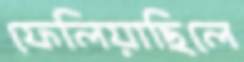
ফেলিয়াছিলে